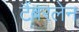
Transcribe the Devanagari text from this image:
टैंबरलेन